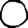
Digit: 0